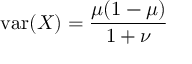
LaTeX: \operatorname { v a r } ( X ) = { \frac { \mu ( 1 - \mu ) } { 1 + \nu } }